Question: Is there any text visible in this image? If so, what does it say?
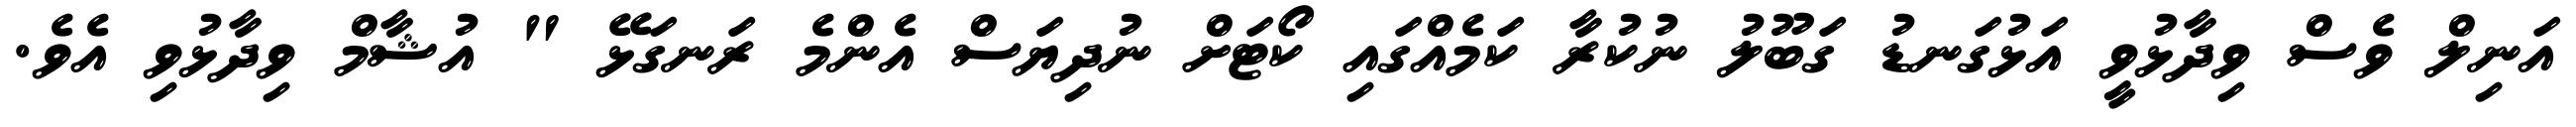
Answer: އަނިލް ވެސް ވިދާޅުވީ އަޅުގަނޑު ގަބޫލު ނުކުރާ ކަމެއްގައި ކޯޓަށް ނުދިޔަސް އެންމެ ރަނގަޅޭ " އުޝާމް ވިދާޅުވި އެވެ.